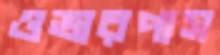
ওভারপাস